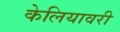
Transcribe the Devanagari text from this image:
केलियावरी